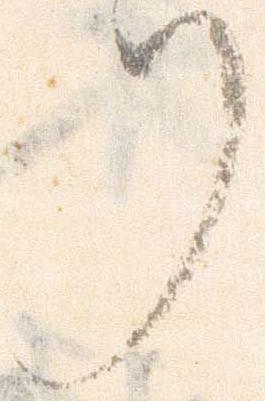
リ